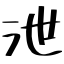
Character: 泄